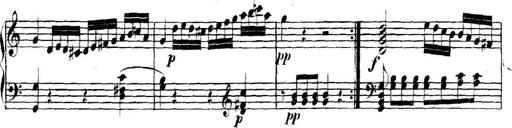
Title: Collected Piano Sonatas
Composer: Muzio Clementi